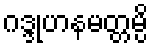
ဂဒ္ဒုဟနမတ္တမ္ပိ